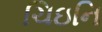
ચિઇનિ